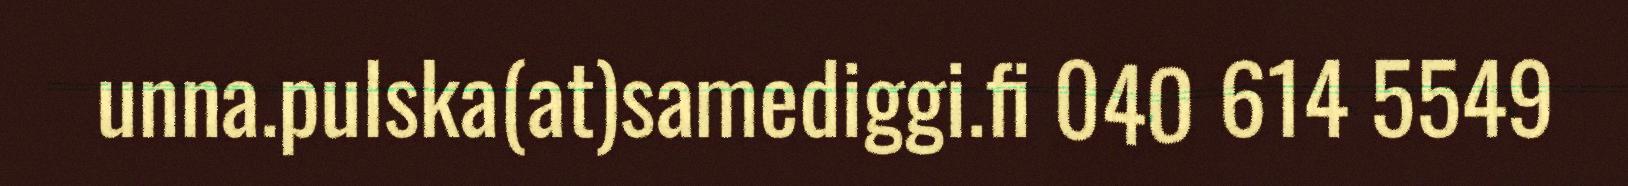
unna.pulska(at)samediggi.fi 040 614 5549